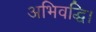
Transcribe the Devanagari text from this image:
अभिवद्धि।